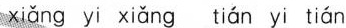
xiǎng yi xiǎng tián yi tián